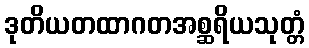
ဒုတိယတထာဂတအစ္ဆရိယသုတ္တံ